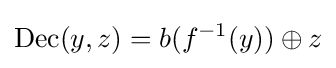
{\rm {Dec}}(y,z)=b(f^{-1}(y))\oplus z